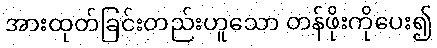
အားထုတ်ခြင်းတည်းဟူသော တန်ဖိုးကိုပေး၍